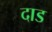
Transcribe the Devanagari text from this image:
दाड